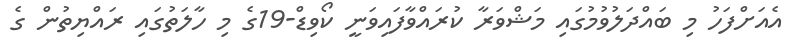
އެއަށްފަހު މި ބައްދަލުވުމުގައި މަޝްވަރާ ކުރައްވާފައިވަނީ ކޯވިޑް-19ގެ މި ހާލަތުގައި ރައްޔިތުން ގެ